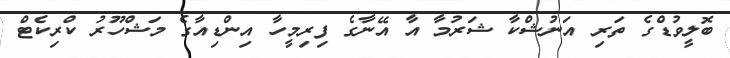
ބޮލީވުޑްގެ ތަރި އަނުޝްކާ ޝަރުމާ އާ އޭނާގެ ފިރިމީހާ އިންޑިއާގެ މަޝްހޫރު ކްރިކެޓް